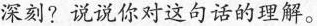
深刻？说说你对这句话的理解。